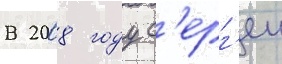
В 2008 году с'ерг'еи